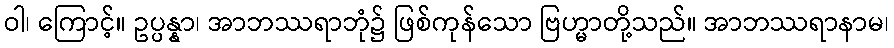
ဝါ၊ ကြောင့်။ ဥပ္ပန္နာ၊ အာဘဿရာဘုံ၌ ဖြစ်ကုန်သော ဗြဟ္မာတို့သည်။ အာဘဿရာနာမ၊